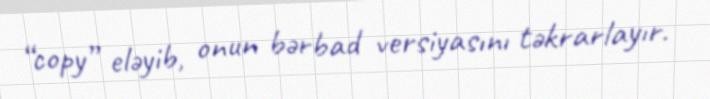
“copy” eləyib, onun bərbad versiyasını təkrarlayır.